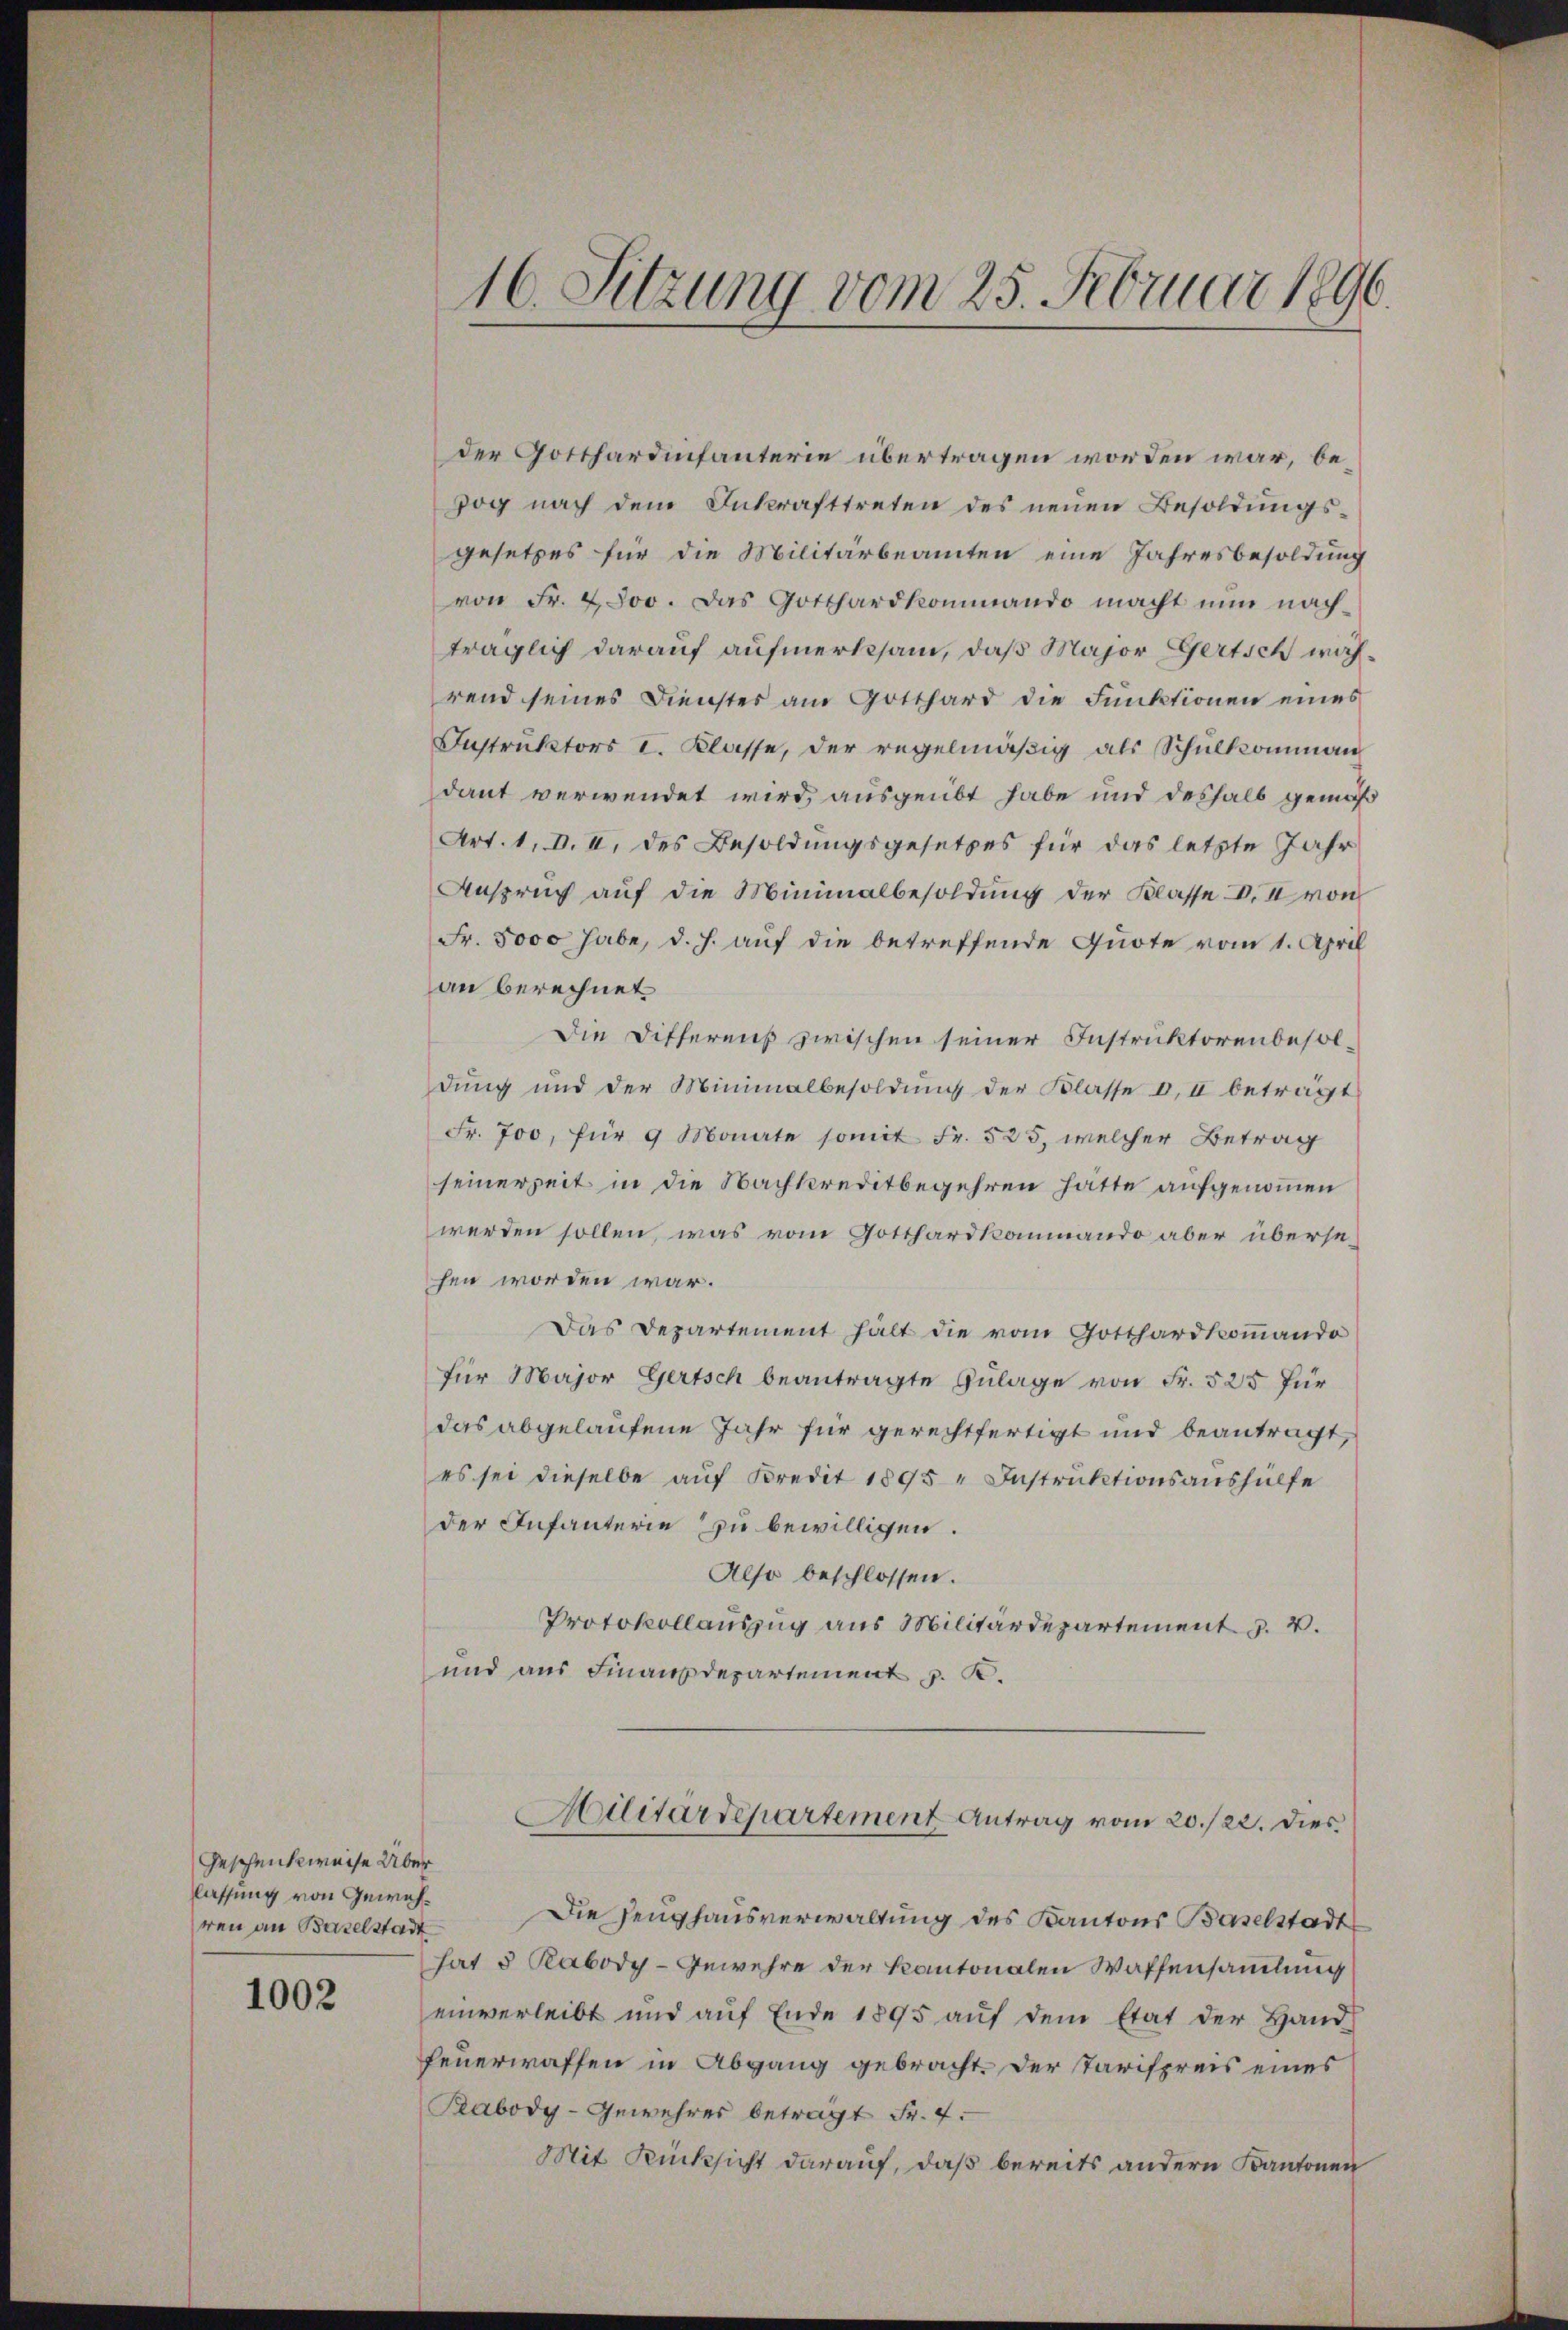
Geschenkweise Über
lassung von Gewähren an Baselstadt

1002

der Gotthardinfanterie übertragen worden war, bezog nach dem Inkrafttreten des neuen Besoldungs-
gesetzes für die Militärbeamten eine Jahresbesoldung
von Fr. 4000. Das Gotthardkommando macht nun nachträglich darauf aufmerksam, daß Major Gertsch während seines Dienster am Gotthard die Funktionen eines
Instruktors I. Klasse, der regelmäßig als Schulkomman
dant verwendet wird, ausgeübt habe und deshalb gemäß
Art. 1. d. II. des Besoldŭngsgesetzes für das letzte Jahr
Anspruch auf die Minimalbesoldung der Klasse I. II von
Fr. 5000 habe, d. h. auf die betreffende Quote vom 1. April
an berechnet
Die Differens zwischen seiner Instruktorenbesoldung und der Minimalbesoldung der Klasse I. II beträgt
Fr. 700, für 9 Monate somit Fr. 525, welcher Betrag
seinerzeit in die Nachkreditbegehren hatte aufgenommen
werden sollen, was vom Gotthardkommando aber übersehen worden war.
Das Departement hält die vom Gotthardkommando
für Major Gertsch beantragte Zulage von Fr. 525 für
das abgelaufene Jahr für gerechtfertigt und beantragt,
es sei dieselbe aŭf Kredit 1895 " Instruktionsaushülfe
der Infanterie zu bewilligen.
Also beschlossen.
Protokollauszug aus Militärdepartement u. v.
und aus Finanzdepartement p. K.

16. Sitzung vom 25. Februar 1890.

Alitardepartement Antrag vom 20./22. dies

Die Zeughausverwaltung des Kantons Baselstadt
hat 5 Rabody-Gewehre der Kantonalen Waffensamlung
einverleibt und aŭf Ende 1895 aŭf dem Etat der Hand
feuerwaffen in Abgang gebracht. Der Parispreis eines
Rabody-Gewehrer betragt Fr. 4.
Mit Rücksicht darauf, daß bereits andern Kantonen